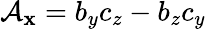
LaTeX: \mathcal{A}_{\mathbf{x}}=b_{y}c_{z}-b_{z}c_{y}